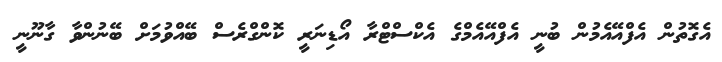
އެގޮތުން އެފްއޭއެމުން ބުނީ އެފްއޭއެމްގެ އެކްސްޓްރާ އޯޑިނަރީ ކޮންގްރެސް ބޭއްވުމަށް ބޭނުންވާ ގާނޫނީ